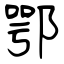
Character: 鄂